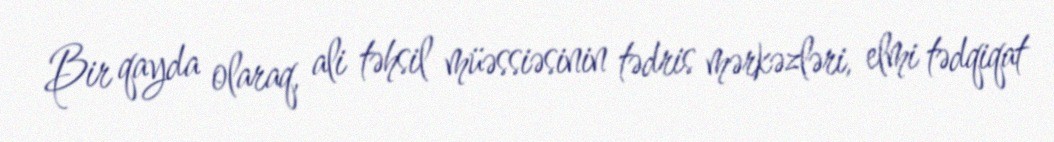
Bir qayda olaraq, ali təhsil müəssiəsinin tədris mərkəzləri, elmi tədqiqat